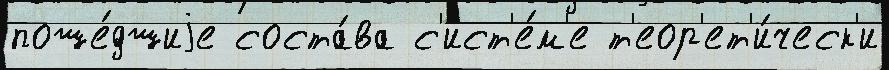
поше́дшиjе соста́ва с'ист'е́м'е т'еор'ет'и́ческ'и